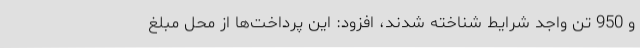
و 950 تن واجد شرایط شناخته شدند، افزود: این پرداخت‌ها از محل مبلغ